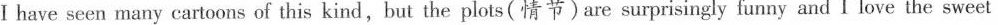
I have seen many cartoons of this kind,but the plots(情节)are surprisingly funny and I love the sweet